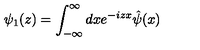
{ \psi } _ { 1 } ( z ) = \int _ { - \infty } ^ { \infty } d x e ^ { - i z x } \hat { \psi } ( x )